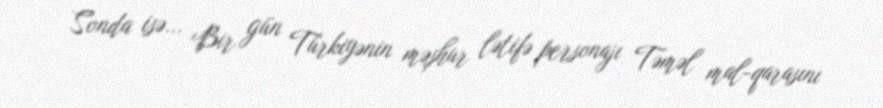
Sonda isə... Bir gün Türkiyənin məşhur lətifə personajı Təməl mal-qarasını